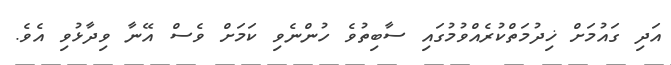
އަދި ގައުމަށް ޚިދުމަތްކުރެއްވުމުގައި ސާބިތުވެ ހުންނެވި ކަމަށް ވެސް އޭނާ ވިދާޅުވި އެވެ.